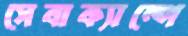
সেবাক্যাম্পে